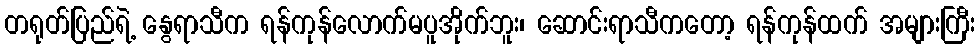
တရုတ်ပြည်ရဲ့ နွေရာသီက ရန်ကုန်လောက်မပူအိုက်ဘူး၊ ဆောင်းရာသီကတော့ ရန်ကုန်ထက် အများကြီး